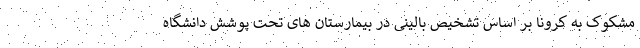
مشکوک به کرونا بر اساس تشخیص بالینی در بیمارستان های تحت پوشش دانشگاه